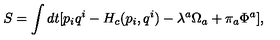
S = \int d t [ p _ { i } q ^ { i } - H _ { c } ( p _ { i } , q ^ { i } ) - \lambda ^ { a } \Omega _ { a } + \pi _ { a } \Phi ^ { a } ] ,